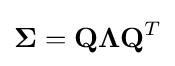
\mathbf {\Sigma } =\mathbf {Q} \mathbf {\Lambda } \mathbf {Q} ^{T}